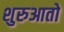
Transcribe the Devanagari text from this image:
शुरुआतो